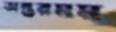
অন্তরমম